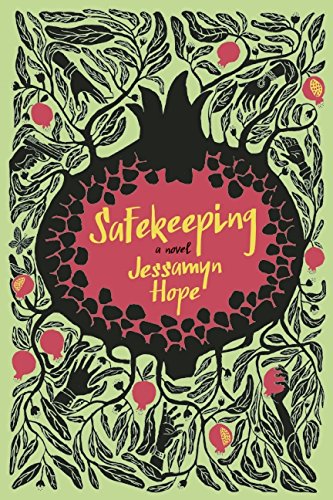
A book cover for Safekeeping: A Novel; Jessamyn Hope; Literature & Fiction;